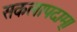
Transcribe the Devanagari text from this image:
सकलापदाम्‌।